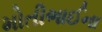
મોતીભાઈના